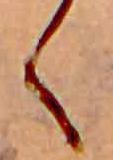
く